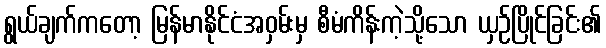
ရွယ်ချက်ကတော့ မြန်မာနိုင်ငံအဝှမ်းမှ စီမံကိန်းကဲ့သို့သော ယှဉ်ပြိုင်ခြင်း၏